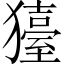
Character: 𤢬